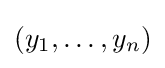
(y_{1},\dots ,y_{n})